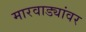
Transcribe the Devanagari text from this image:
मारवाड्यांवर